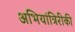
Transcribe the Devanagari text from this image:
अभियांत्रिरीकी